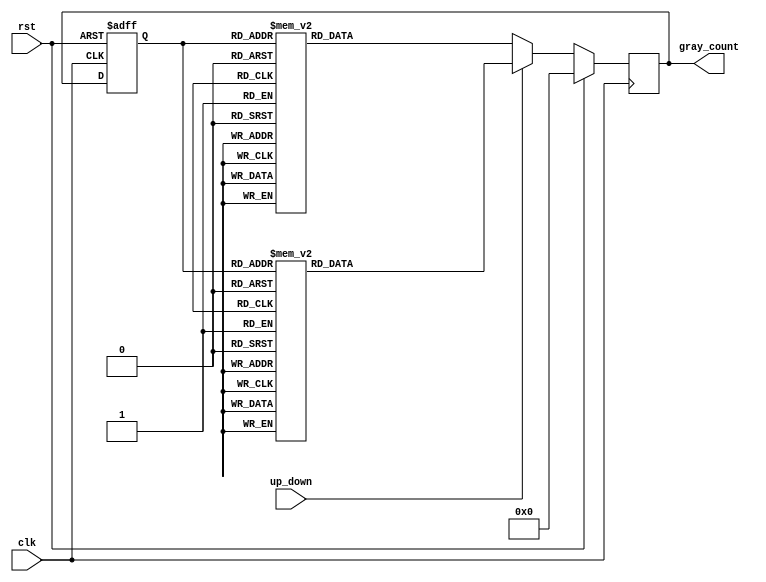
module gray_counter (
    input clk,
    input rst,
    input up_down,
    output reg [3:0] gray_count
);

reg [3:0] current_state;
reg [3:0] next_state;

always @(posedge clk or posedge rst) begin
    if (rst) begin
        current_state <= 4'b0000;
    end else begin
        current_state <= gray_count;
    end
end

always @(*) begin
    if (up_down) begin
        case (current_state)
            4'b0000: next_state = 4'b0001;
            4'b0001: next_state = 4'b0011;
            4'b0011: next_state = 4'b0010;
            4'b0010: next_state = 4'b0110;
            4'b0110: next_state = 4'b0100;
            4'b0100: next_state = 4'b1100;
            4'b1100: next_state = 4'b1000;
            4'b1000: next_state = 4'b1001;
            4'b1001: next_state = 4'b0001;
            default: next_state = 4'bxxxx;
        endcase
    end else begin
        case (current_state)
            4'b0000: next_state = 4'b1000;
            4'b1000: next_state = 4'b1100;
            4'b1100: next_state = 4'b0100;
            4'b0100: next_state = 4'b0110;
            4'b0110: next_state = 4'b0010;
            4'b0010: next_state = 4'b0011;
            4'b0011: next_state = 4'b0001;
            4'b0001: next_state = 4'b0000;
            default: next_state = 4'bxxxx;
        endcase
    end
end

always @(posedge clk) begin
    if (rst) begin
        gray_count <= 4'b0000;
    end else begin
        gray_count <= next_state;
    end
end

endmodule